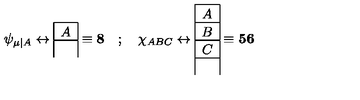
\psi _ { \mu \vert A } \leftrightarrow \mathrm { \begin{array} { | c | } \hline { \stackrel { } { A } } \\ \hline { } \\ \end{array} } \equiv { \bf 8 } \quad ; \quad \chi _ { A B C } \leftrightarrow \mathrm { \begin{array} { | c | } \hline { \stackrel { } { A } } \\ \hline { \stackrel { } { B } } \\ \hline { \stackrel { } { C } } \\ \hline { } \\ \end{array} } \equiv { \bf 5 6 }